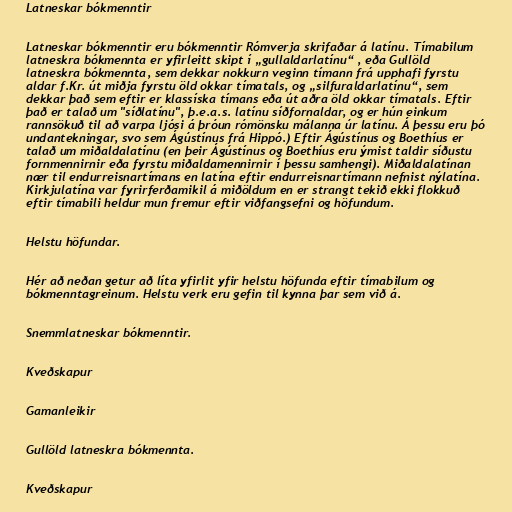
Latneskar bókmenntir

Latneskar bókmenntir eru bókmenntir Rómverja skrifaðar á latínu. Tímabilum
latneskra bókmennta er yfirleitt skipt í „gullaldarlatínu“ , eða Gullöld
latneskra bókmennta, sem dekkar nokkurn veginn tímann frá upphafi fyrstu
aldar f.Kr. út miðja fyrstu öld okkar tímatals, og „silfuraldarlatínu“, sem
dekkar það sem eftir er klassíska tímans eða út aðra öld okkar tímatals. Eftir
það er talað um "síðlatínu", þ.e.a.s. latínu síðfornaldar, og er hún einkum
rannsökuð til að varpa ljósi á þróun rómönsku málanna úr latínu. Á þessu eru þó
undantekningar, svo sem Ágústínus frá Hippó.) Eftir Ágústínus og Boethíus er
talað um miðaldalatínu (en þeir Ágústínus og Boethíus eru ýmist taldir síðustu
fornmennirnir eða fyrstu miðaldamennirnir í þessu samhengi). Miðaldalatínan
nær til endurreisnartímans en latína eftir endurreisnartímann nefnist nýlatína.
Kirkjulatína var fyrirferðamikil á miðöldum en er strangt tekið ekki flokkuð
eftir tímabili heldur mun fremur eftir viðfangsefni og höfundum.

Helstu höfundar.

Hér að neðan getur að líta yfirlit yfir helstu höfunda eftir tímabilum og
bókmenntagreinum. Helstu verk eru gefin til kynna þar sem við á.

Snemmlatneskar bókmenntir.

Kveðskapur

Gamanleikir

Gullöld latneskra bókmennta.

Kveðskapur